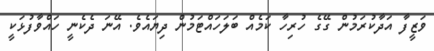
ވަޒީފާ އަދާކުރަމުން ގޭގެ ހުރިހާ ކަމެއް ބަލަހައްޓަމުން ދިޔައެވެ. އޭނަ ދެކެނީ ހައްވާފުޅަކީ